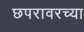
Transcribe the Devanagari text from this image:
छपरावरच्या